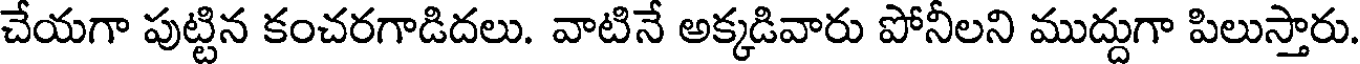
చేయగా పుట్టిన కంచరగాడిదలు. వాటినే అక్కడివారు పోనీలని ముద్దుగా పిలుస్తారు